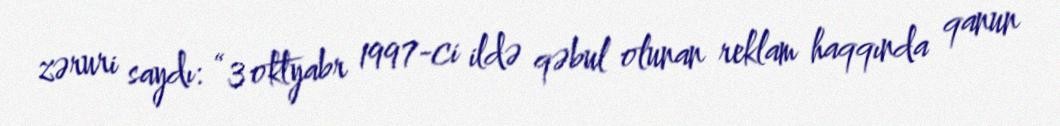
zəruri saydı: “3 oktyabr 1997-ci ildə qəbul olunan reklam haqqında qanun